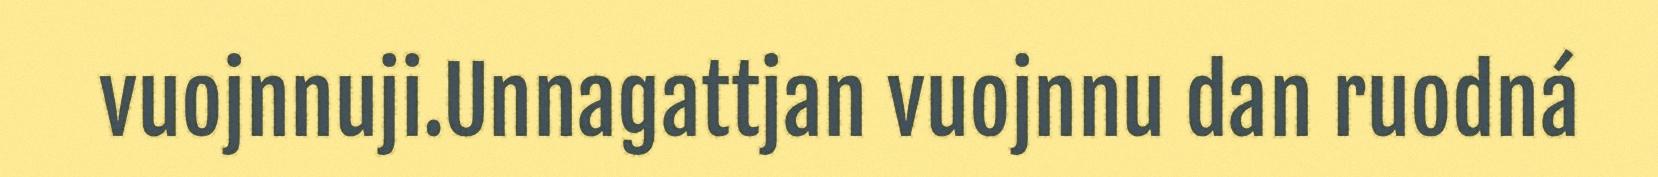
vuojnnuji.Unnagattjan vuojnnu dan ruodná